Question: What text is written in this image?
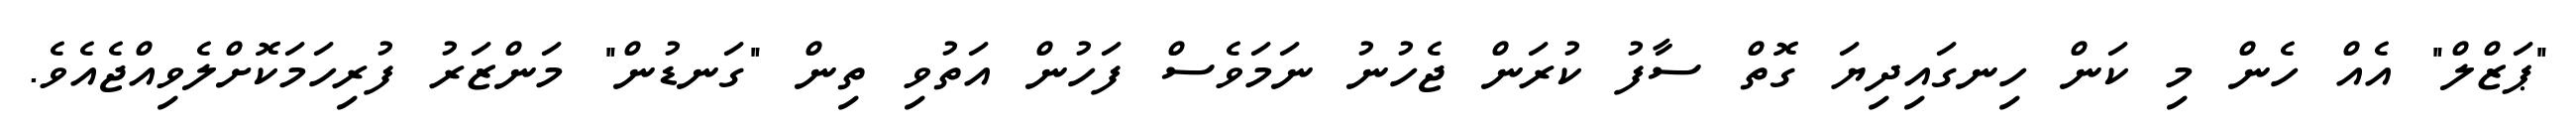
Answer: "ޕަޒްލް" އެއް ހެން މި ކަން ހިނގައިދިޔަ ގޮތް ސާފު ކުރަން ޖެހުނު ނަމަވެސް ފަހުން އަތުވި ތިން "ގަނޑުން" މަންޒަރު ފުރިހަމަކޮށްލެވިއްޖެއެވެ.